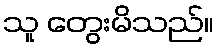
သူ တွေးမိသည်။